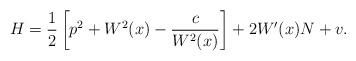
LaTeX: \begin{align*} H=\frac 12\left[p^2+W^2(x) -\frac{c}{W^2(x)}\right]+2W'(x)N+v.\end{align*}